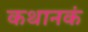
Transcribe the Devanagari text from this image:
कथानकं